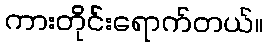
ကားတိုင်းရောက်တယ်။